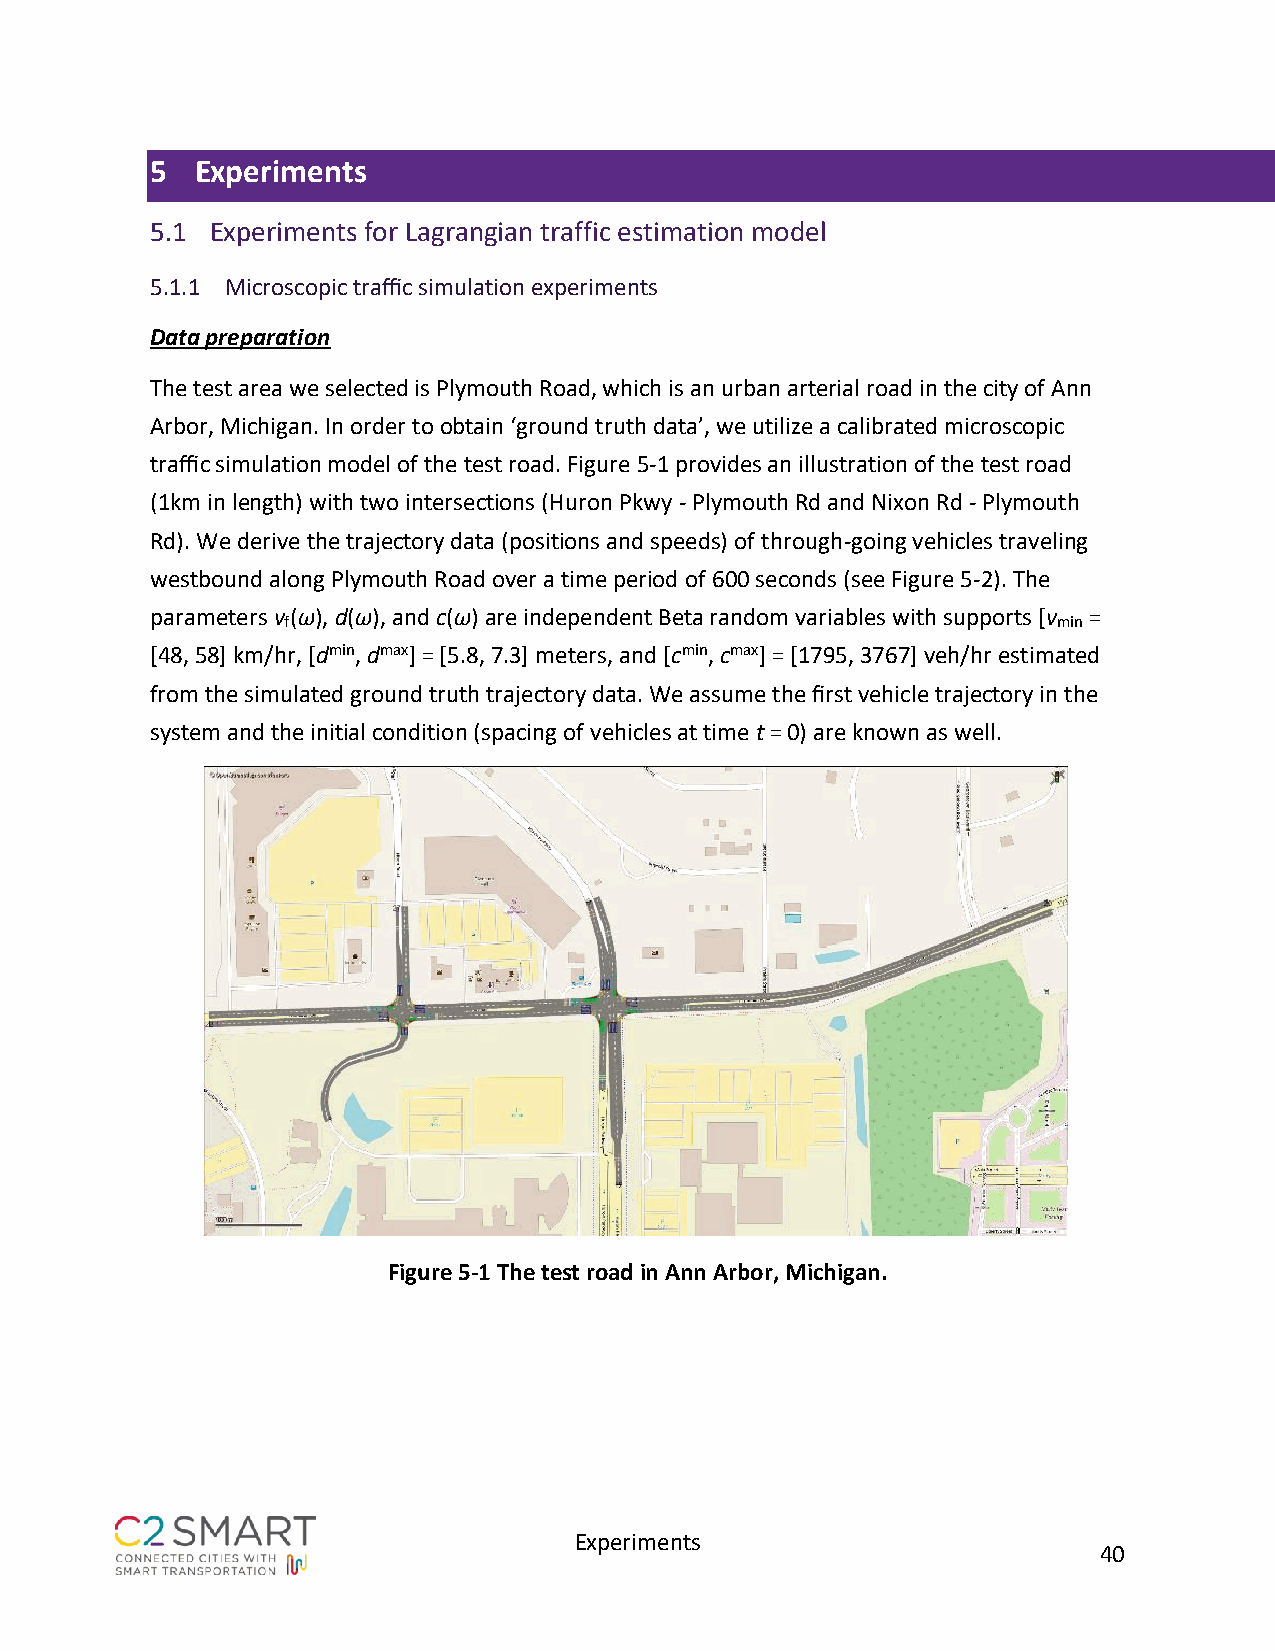
5  Experiments
 5.1 Experiments for Lagrangian traffic estimation model
 5.1.1 Microscopic traffic simulation experiments
 Data preparation
 The test area we selected is Plymouth Road, which is an urban arterial road in the city of Ann
 Arbor, Michigan. In order to obtain ‘ground truth data’, we utilize a calibrated microscopic
 traffic simulation model of the test road. Figure 5-1 provides an illustration of the test road
 (1km in length) with two intersections (Huron Pkwy - Plymouth Rd and Nixon Rd - Plymouth
 Rd). We derive the trajectory data (positions and speeds) of through-going vehicles traveling
 westbound along Plymouth Road over a time period of 600 seconds (see Figure 5-2). The
 parameters v(ω), d(ω), and c(ω) are independent Beta random variables with supports [v =
 f                                                  min
 [48, 58] km/hr, [dmin, dmax] = [5.8, 7.3] meters, and [cmin, cmax] = [1795, 3767] veh/hr estimated
 from the simulated ground truth trajectory data. We assume the first vehicle trajectory in the
 system and the initial condition (spacing of vehicles at time t = 0) are known as well.
 Figure 5-1 The test road in Ann Arbor, Michigan.
 Experiments
 40